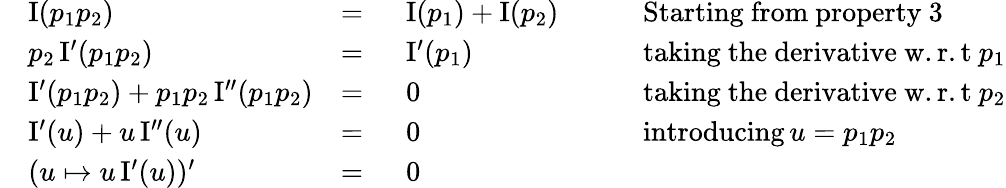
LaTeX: {\begin{array}{rlrlrl}&{\operatorname{I}(p_{1}p_{2})}&{=\ }&{\operatorname{I}(p_{1})+\operatorname{I}(p_{2})}&&{\quad{\mathrm{Starting~from~property~3}}}\\ &{p_{2}\operatorname{I}^{\prime}(p_{1}p_{2})}&{=\ }&{\operatorname{I}^{\prime}(p_{1})}&&{\quad{\mathrm{taking~the~derivative~w.r.t}}\ p_{1}}\\ &{\operatorname{I}^{\prime}(p_{1}p_{2})+p_{1}p_{2}\operatorname{I}^{\prime\prime}(p_{1}p_{2})}&{=\ }&{0}&&{\quad{\mathrm{taking~the~derivative~w.r.t}}\ p_{2}}\\ &{\operatorname{I}^{\prime}(u)+u\operatorname{I}^{\prime\prime}(u)}&{=\ }&{0}&&{\quad{\mathrm{introducing}}\, u=p_{1}p_{2}}\\ &{(u\mapsto u\operatorname{I}^{\prime}(u))^{\prime}}&{=\ }&{0}\end{array}}